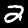
Digit: 2